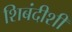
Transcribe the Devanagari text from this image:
शिबंदीशी